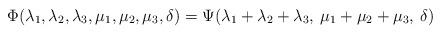
LaTeX: \begin{align*}\Phi(\lambda_1,\lambda_2,\lambda_3,\mu_1,\mu_2,\mu_3,\delta) = \Psi(\lambda_1+\lambda_2+\lambda_3,\:\mu_1+\mu_2+\mu_3,\:\delta)\end{align*}